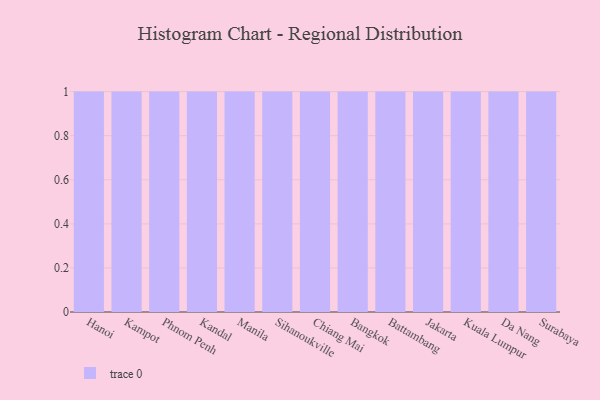
{"axis": {"x": "City", "y": "Demand Index"}, "legend": [""], "data": [{"x": "Hanoi", "y": 34, "type": ""}, {"x": "Kampot", "y": 2, "type": ""}, {"x": "Phnom Penh", "y": 8, "type": ""}, {"x": "Kandal", "y": 37, "type": ""}, {"x": "Manila", "y": 48, "type": ""}, {"x": "Sihanoukville", "y": 80, "type": ""}, {"x": "Chiang Mai", "y": 48, "type": ""}, {"x": "Bangkok", "y": 5, "type": ""}, {"x": "Battambang", "y": 53, "type": ""}, {"x": "Jakarta", "y": 81, "type": ""}, {"x": "Kuala Lumpur", "y": 48, "type": ""}, {"x": "Da Nang", "y": 5, "type": ""}, {"x": "Surabaya", "y": 18, "type": ""}]}